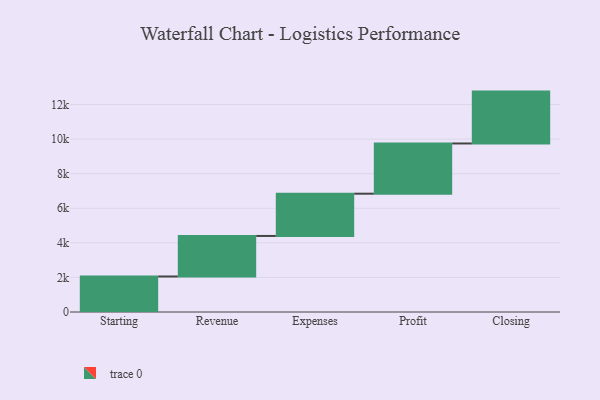
{"axis": {"x": "Step", "y": "Value"}, "legend": [""], "data": [{"x": "Starting", "y": 2054.0, "type": ""}, {"x": "Revenue", "y": 2345.0, "type": ""}, {"x": "Expenses", "y": 2444.0, "type": ""}, {"x": "Profit", "y": 2905.0, "type": ""}, {"x": "Closing", "y": 3000, "type": ""}]}